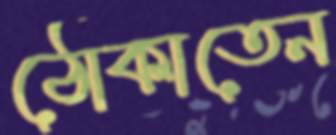
ঠোকাতেন